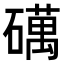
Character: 𥖣